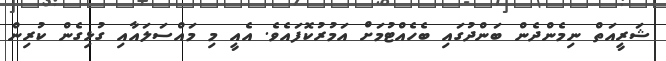
ޝަރީއަތް ނިމެންދެން ބަންދުގައި ބެހެއްޓުމަށް އަމުރުކޮފައެވެ. އެއީ މި މައްސަލައާއި ގުޅިގެން ކުރިން